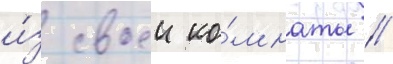
и́з своеи ко́мнаты /